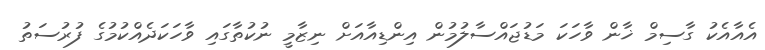
އެއާއެކު ގާސިމް ޚާން ވާހަކަ މަޑުޖައްސާލުމުން އިންޑިއާއަށް ނިޒާމީ ނުކުތާގައި ވާހަކަދެއްކުމުގެ ފުރުސަތު